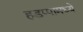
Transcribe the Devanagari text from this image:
हडप्पामध्ये